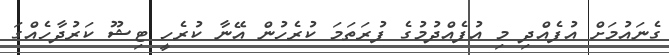
ގެނައުމަށް އުފެއްދި މި އުފެއްދުމުގެ ފުރަތަމަ ކުރެހުން އޭނާ ކުރެހީ ޓިޝޫ ކަރުދާހެއްގަ